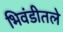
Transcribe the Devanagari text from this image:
भिवंडीतले